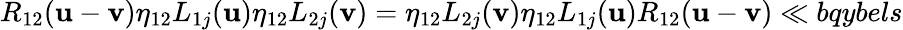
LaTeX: {R}_{12}(\mathbf{u}-\mathbf{v})\eta_{12}L_{1j}(\mathbf{u})\eta_{12}L_{2j}(\mathbf{v})=\eta_{12}L_{2j}(\mathbf{v})\eta_{12}L_{1j}(\mathbf{u}){R}_{12}(\mathbf{u}-\mathbf{v})\ll{bqybels}